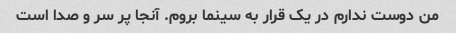
من دوست ندارم در یک قرار به سینما بروم. آنجا پر سر و صدا است